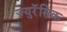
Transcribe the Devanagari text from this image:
ज्युरॅसिक